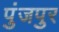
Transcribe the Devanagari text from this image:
पुंजपुर